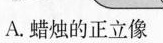
A.蜡烛的正立像